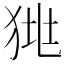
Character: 𤞯